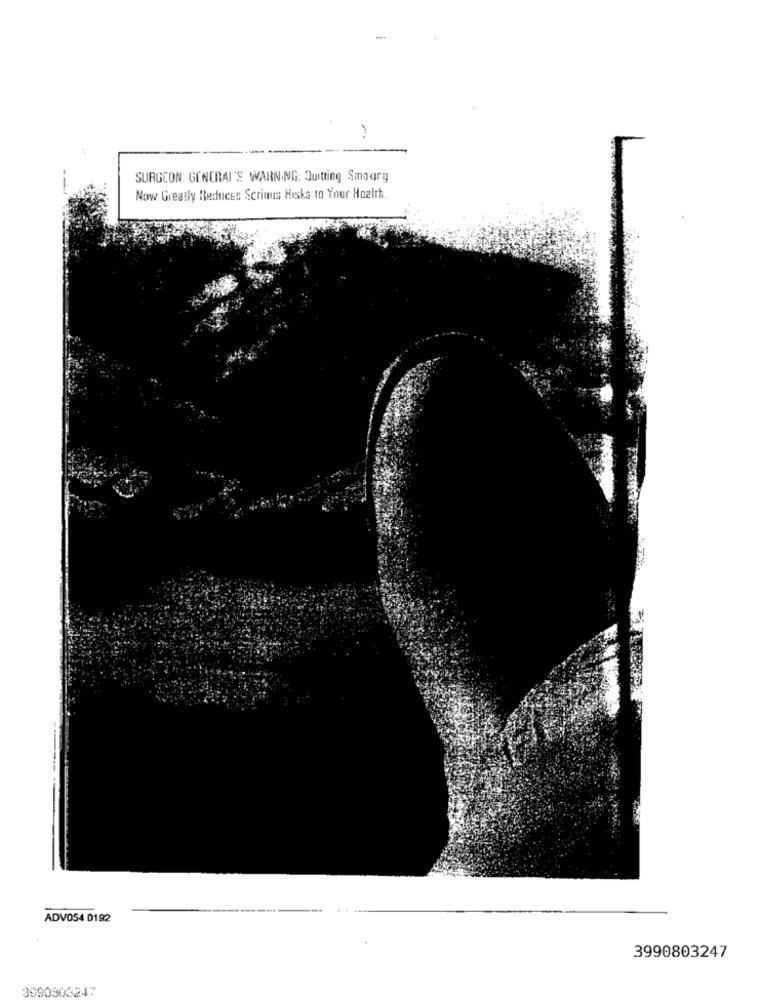
---
SURGEON GENERAL'S WARNING: Quitting Smoarg
Now Greatly Reduces Scrinus Hisks to Your Health.
ADV054 0192
3990803247
3990903247